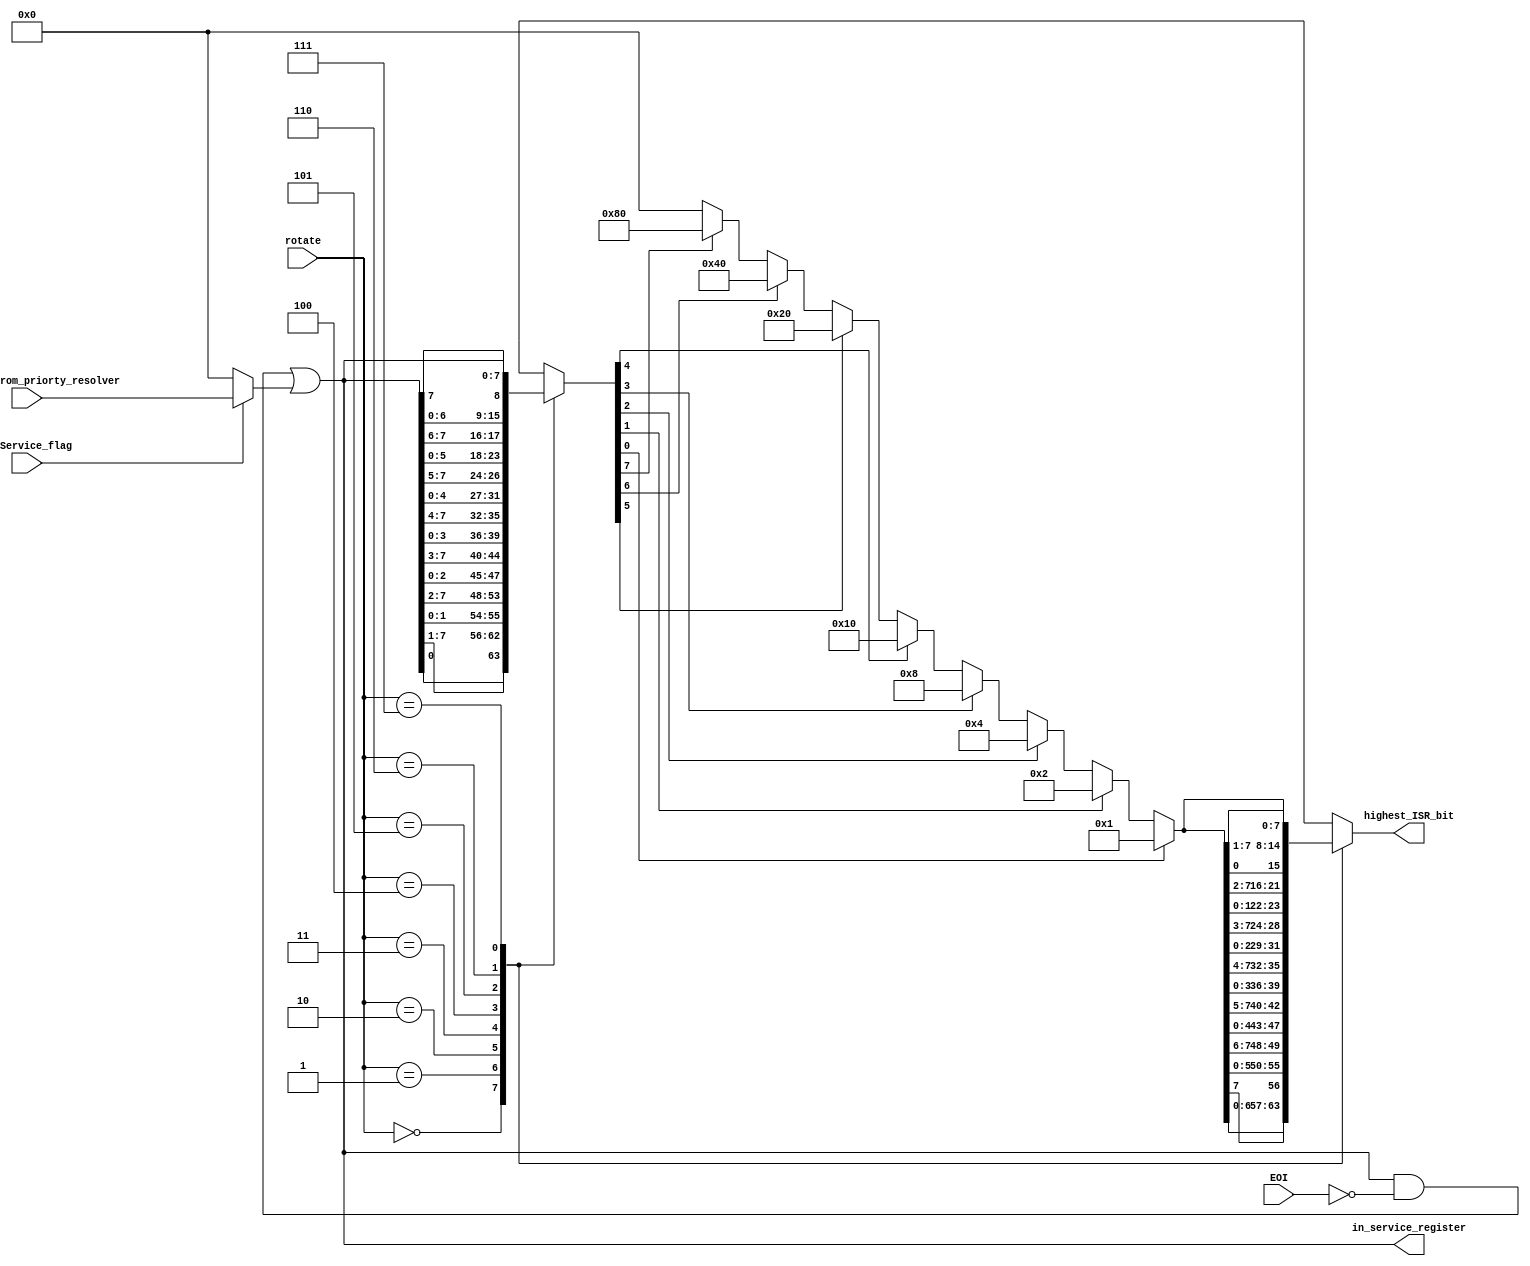
/***********************************************************
 * Developer: Carol Botros
 * Description: In-Service Register Functions
 ************************************************************/
 
module In_Service (
    // Inputs
    input   wire   [2:0]   rotate,
    input   wire   [7:0]   interrupt_from_priorty_resolver,
    input   wire           In_Service_flag,
    input   wire   [7:0]   EOI,

    // Outputs
    output  reg   [7:0]   in_service_register,
    output  reg   [7:0]   highest_ISR_bit
);


    //
    // In service register
    //
    wire   [7:0]   next_in_service_register;

    assign next_in_service_register = (in_service_register & ~EOI)
                                     | (In_Service_flag == 1'b1 ? interrupt_from_priorty_resolver : 8'b00000000);

    always @(*) begin
            in_service_register <= next_in_service_register;
    end

    //
    // Get Highst level in service
    //
    reg   [7:0]   next_highest_level_in_service;

    always @(*) begin
        next_highest_level_in_service = next_in_service_register;
        next_highest_level_in_service = rotate_right(next_highest_level_in_service, rotate);
        next_highest_level_in_service = resolv_priority(next_highest_level_in_service);
        next_highest_level_in_service = rotate_left(next_highest_level_in_service, rotate);
    end

    always @(*) begin
        
            highest_ISR_bit <= next_highest_level_in_service;
    end


    function reg [7:0] rotate_right (input [7:0] source, input [2:0] rotate);
        case (rotate)
            3'b000:  rotate_right = { source[0],   source[7:1] };
            3'b001:  rotate_right = { source[1:0], source[7:2] };
            3'b010:  rotate_right = { source[2:0], source[7:3] };
            3'b011:  rotate_right = { source[3:0], source[7:4] };
            3'b100:  rotate_right = { source[4:0], source[7:5] };
            3'b101:  rotate_right = { source[5:0], source[7:6] };
            3'b110:  rotate_right = { source[6:0], source[7]   };
            3'b111:  rotate_right = source;
            default: rotate_right = source;
        endcase
    endfunction

    function reg [7:0] rotate_left (input [7:0] source, input [2:0] rotate);
        case (rotate)
            3'b000:  rotate_left = { source[6:0], source[7]   };
            3'b001:  rotate_left = { source[5:0], source[7:6] };
            3'b010:  rotate_left = { source[4:0], source[7:5] };
            3'b011:  rotate_left = { source[3:0], source[7:4] };
            3'b100:  rotate_left = { source[2:0], source[7:3] };
            3'b101:  rotate_left = { source[1:0], source[7:2] };
            3'b110:  rotate_left = { source[0],   source[7:1] };
            3'b111:  rotate_left = source;
            default: rotate_left = source;
        endcase
    endfunction

    function reg [7:0] resolv_priority (input [7:0] request);
        if      (request[0] == 1'b1)    resolv_priority = 8'b00000001;
        else if (request[1] == 1'b1)    resolv_priority = 8'b00000010;
        else if (request[2] == 1'b1)    resolv_priority = 8'b00000100;
        else if (request[3] == 1'b1)    resolv_priority = 8'b00001000;
        else if (request[4] == 1'b1)    resolv_priority = 8'b00010000;
        else if (request[5] == 1'b1)    resolv_priority = 8'b00100000;
        else if (request[6] == 1'b1)    resolv_priority = 8'b01000000;
        else if (request[7] == 1'b1)    resolv_priority = 8'b10000000;
        else                            resolv_priority = 8'b00000000;
    endfunction
endmodule